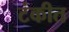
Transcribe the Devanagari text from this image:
टंकीत